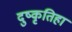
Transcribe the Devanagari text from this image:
दुष्कृतिहा